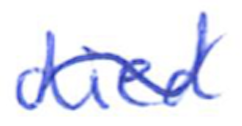
Text: died
Cross-out: wave
Writing tool: ballpoint